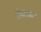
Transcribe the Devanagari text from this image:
इंदलकर